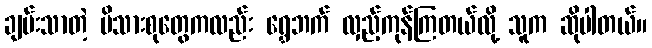
ချမ်းသာတဲ့ မိသားစုတွေကလည်း ရွှေဘက် လှည့်ကုန်ကြတယ်လို့ သူက ဆိုပါတယ်။